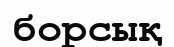
борсық